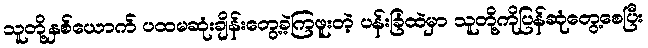
သူတို့နှစ်ယောက် ပထမဆုံးချိန်းတွေ့ခဲ့ကြဖူးတဲ့ ပန်းခြံထဲမှာ သူတို့ကိုပြန်ဆုံတွေ့စေပြီး